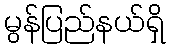
မွန်ပြည်နယ်ရှိ